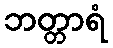
ဘတ္တာရံ